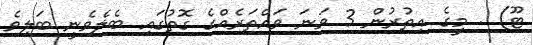
ޓޫ) . މީގެ އިތުރުން 3 ވަނަ ވައްތަރެއްގެ ގޮތުގައި ބެލެވެނީ ބަލިވެ